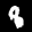
Label: 8